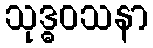
သုဒ္ဓဝသနာ